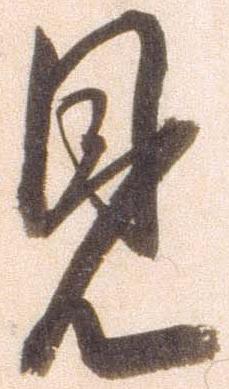
見